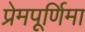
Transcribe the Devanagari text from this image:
प्रेमपूर्णिमा